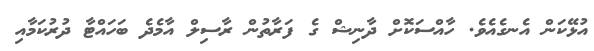
އުޅޭކަން އެނގެއެވެ. ހާއްސަކޮށް ދާނިޝް ގެ ފަރާތުން ރާސިލް އާމެދެ ބަހައްޓާ ދުރުކަމާއި